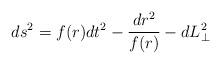
LaTeX: \begin{align*}ds^2 = f(r)dt^2 - \frac{dr^2}{f(r)} - dL^2_\perp \end{align*}